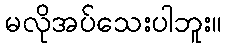
မလိုအပ်သေးပါဘူး။